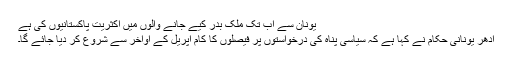
يونان سے اب تک ملک بدر کيے جانے والوں ميں اکثريت پاکستانيوں کی ہے
ادھر يونانی حکام نے کہا ہے کہ سياسی پناہ کی درخواستوں پر فيصلوں کا کام اپريل کے اواخر سے شروع کر ديا جائے گا۔